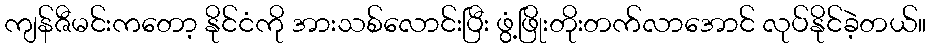
ကျန်ဇီမင်းကတော့ နိုင်ငံကို အားသစ်လောင်းပြီး ဖွံ့ဖြိုးတိုးတက်လာအောင် လုပ်နိုင်ခဲ့တယ်။